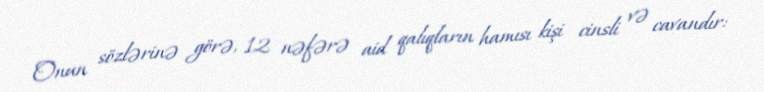
Onun sözlərinə görə, 12 nəfərə aid qalıqların hamısı kişi cinsli və cavandır: